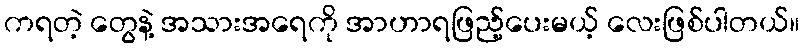
ကရတဲ့ တွေနဲ့ အသားအရေကို အာဟာရဖြည့်ပေးမယ့် လေးဖြစ်ပါတယ်။